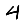
Digit: 4